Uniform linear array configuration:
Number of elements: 8
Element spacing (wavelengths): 0.5
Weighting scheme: kaiser
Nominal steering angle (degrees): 15
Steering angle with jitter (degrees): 13.136
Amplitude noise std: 0.05
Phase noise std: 0.05

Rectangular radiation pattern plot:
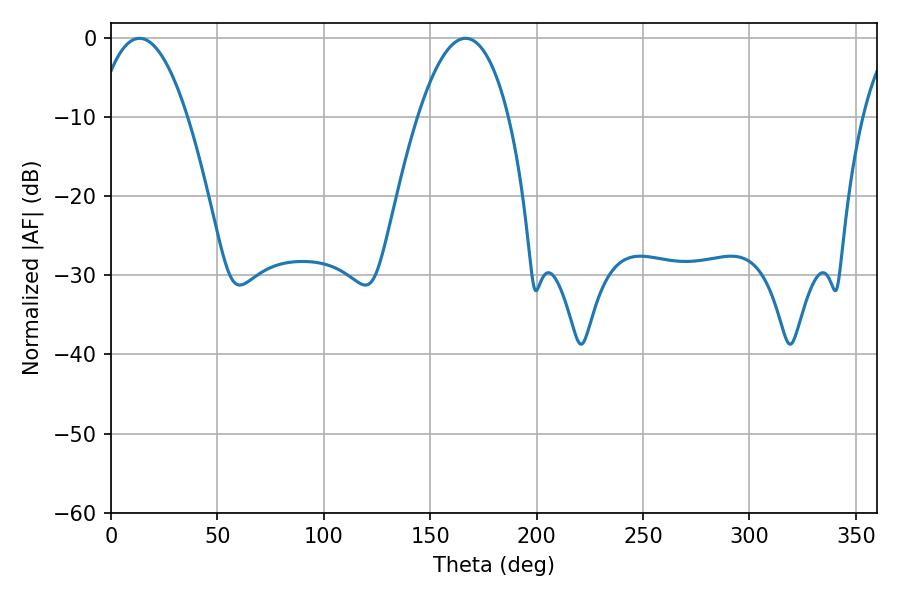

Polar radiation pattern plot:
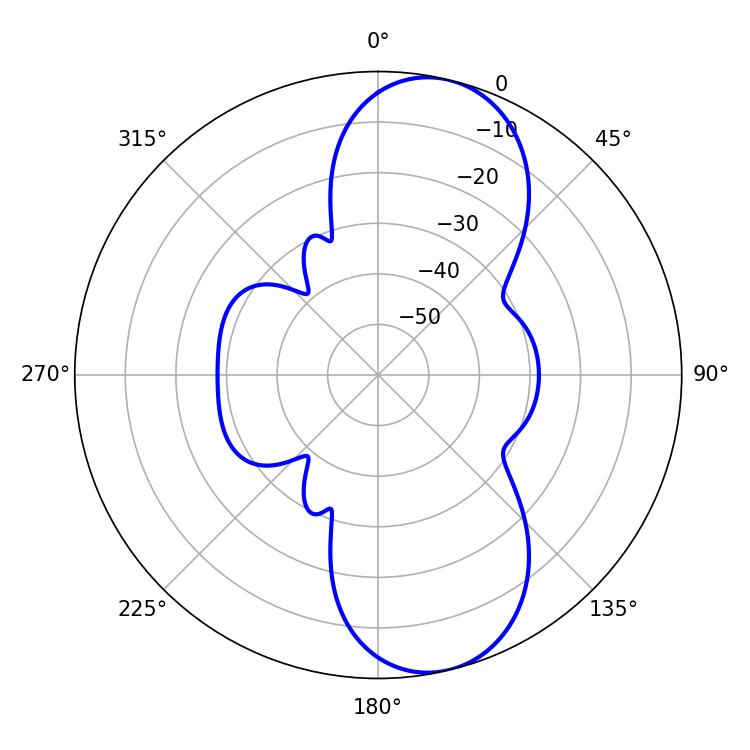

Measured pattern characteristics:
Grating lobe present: FALSE
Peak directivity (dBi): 9.76
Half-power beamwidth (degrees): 23.58
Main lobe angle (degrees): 13.32